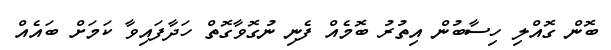
ބޮން ގޮއްލި ހިސާބުން އިތުރު ބޮމެއް ފެނި ނުގޮވާގޮތް ހަދާފައިވާ ކަމަށް ބައެއް